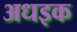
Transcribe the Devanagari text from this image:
अधइक